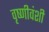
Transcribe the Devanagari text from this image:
वृष्णीवंशी